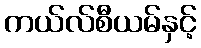
ကယ်လ်စီယမ်နှင့်